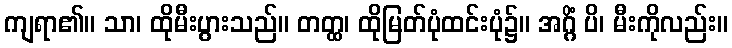
ကျရာ၏။ သာ၊ ထိုမီးပွားသည်။ တတ္ထ၊ ထိုမြတ်ပုံထင်းပုံ၌။ အဂ္ဂိံ ပိ၊ မီးကိုလည်း။